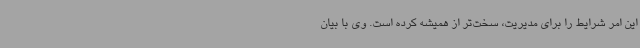
این امر شرایط را برای مدیریت، سخت‌تر از همیشه کرده است. وی با بیان